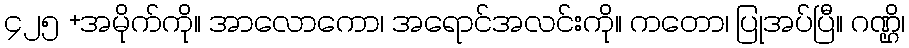
၄၂၅ +အမိုက်ကို။ အာလောကော၊ အရောင်အလင်းကို။ ကတော၊ ပြုအပ်ပြီ။ ဂဏ္ဌိ၊